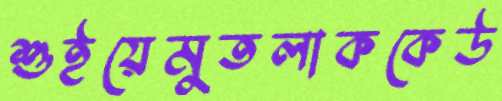
শুইয়েমুতলাককেউ